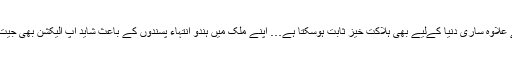
ورنہ آپ کا ’’نہ ہوئی قرولی‘‘ جیسا بیانیہ اس خطے کے علاوہ ساری دنیا کےلیے بھی ہلاکت خیز ثابت ہوسکتا ہے… اپنے ملک میں ہندو انتہاء پسندوں کے باعث شاید آپ الیکشن بھی جیت جائیں لیکن بہت زیادہ ’’بے عزتی خراب‘‘ ہوجائے گی۔